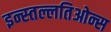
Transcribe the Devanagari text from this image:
इन्स्तल्लतिओन्स